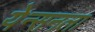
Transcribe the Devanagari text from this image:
येन्सनला